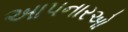
આપનારઓ